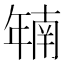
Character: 𫷜